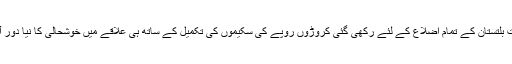
گلگت بلتستان کے تمام اضلاع کے لئے رکھی گئی کروڑوں روپے کی سکیموں کی تکمیل کے ساتھ ہی علاقے میں خوشحالی کا نیا دور آئیگا۔